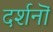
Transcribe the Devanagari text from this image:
दर्शनॊं